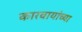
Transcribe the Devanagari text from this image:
कारवायांच्या